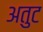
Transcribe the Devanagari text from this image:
अतुट